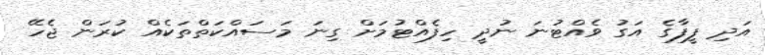
އަދި ފީފާގެ އަގު ވެއްޓުނަ ނުދީ ހިފެއްޓުމަށް ގިނަ މަސައްކަތްތަކެއް ކުރަން ޖެހޭ